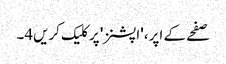
صفحے کے اپر، 'اپشنز' پر کلیک کریں4۔